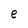
Character: e